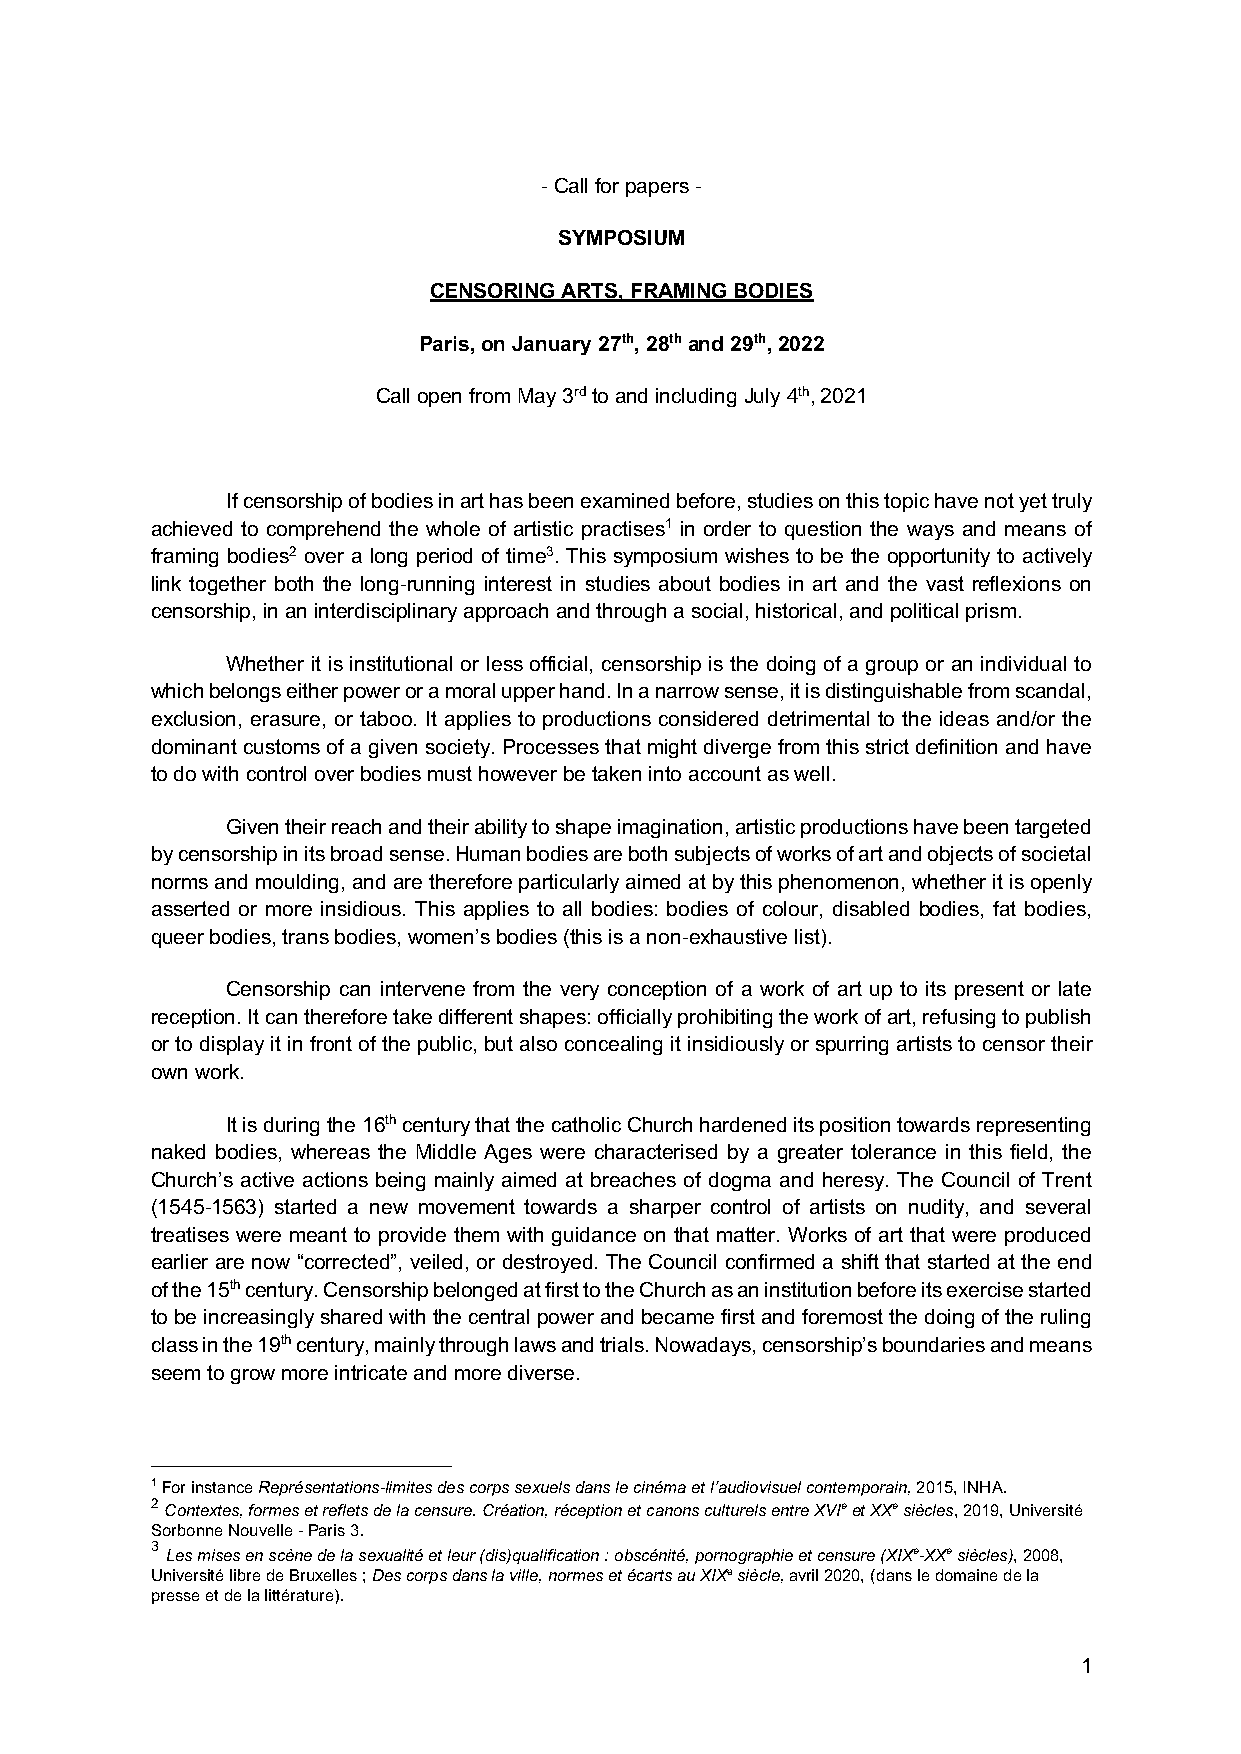
- Call for papers -
 SYMPOSIUM
 CENSORING ARTS, FRAMING BODIES
 Paris, on January 27th, 28th and 29th, 2022
 Call open from May 3rd to and including July 4th, 2021
 If censorship of bodies in art has been examined before, studies on this topic have not yet truly
 achieved to comprehend the whole of artistic practises1 in order to question the ways and means of
 framing bodies2 over a long period of time3. This symposium wishes to be the opportunity to actively
 link together both the long-running interest in studies about bodies in art and the vast reflexions on
 censorship, in an interdisciplinary approach and through a social, historical, and political prism.
 Whether it is institutional or less official, censorship is the doing of a group or an individual to
 which belongs either power or a moral upper hand. In a narrow sense, it is distinguishable from scandal,
 exclusion, erasure, or taboo. It applies to productions considered detrimental to the ideas and/or the
 dominant customs of a given society. Processes that might diverge from this strict definition and have
 to do with control over bodies must however be taken into account as well.
 Given their reach and their ability to shape imagination, artistic productions have been targeted
 by censorship in its broad sense. Human bodies are both subjects of works of art and objects of societal
 norms and moulding, and are therefore particularly aimed at by this phenomenon, whether it is openly
 asserted or more insidious. This applies to all bodies: bodies of colour, disabled bodies, fat bodies,
 queer bodies, trans bodies, women’s bodies (this is a non-exhaustive list).
 Censorship can intervene from the very conception of a work of art up to its present or late
 reception. It can therefore take different shapes: officially prohibiting the work of art, refusing to publish
 or to display it in front of the public, but also concealing it insidiously or spurring artists to censor their
 own work.
 It is during the 16th century that the catholic Church hardened its position towards representing
 naked bodies, whereas the Middle Ages were characterised by a greater tolerance in this field, the
 Church’s active actions being mainly aimed at breaches of dogma and heresy. The Council of Trent
 (1545-1563) started a new movement towards a sharper control of artists on nudity, and several
 treatises were meant to provide them with guidance on that matter. Works of art that were produced
 earlier are now “corrected”, veiled, or destroyed. The Council confirmed a shift that started at the end
 of the 15th century. Censorship belonged at first to the Church as an institution before its exercise started
 to be increasingly shared with the central power and became first and foremost the doing of the ruling
 class in the 19th century, mainly through laws and trials. Nowadays, censorship’s boundaries and means
 seem to grow more intricate and more diverse.
 1 For instance Représentations-limites des corps sexuels dans le cinéma et l’audiovisuel contemporain, 2015, INHA.
 2 Contextes, formes et reflets de la censure. Création, réception et canons culturels entre XVIe et XXe siècles, 2019, Université
 Sorbonne Nouvelle - Paris 3.
 3 Les mises en scène de la sexualité et leur (dis)qualification : obscénité, pornographie et censure (XIXe-XXe siècles), 2008,
 Université libre de Bruxelles ; Des corps dans la ville, normes et écarts au XIXe siècle, avril 2020, (dans le domaine de la
 presse et de la littérature).
 1